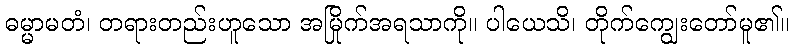
ဓမ္မာမတံ၊ တရားတည်းဟူသော အမြိုက်အရသာကို။ ပါယေသိ၊ တိုက်ကျွေးတော်မူ၏။